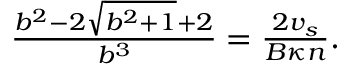
\begin{array} { r } { \frac { b ^ { 2 } - 2 \sqrt { b ^ { 2 } + 1 } + 2 } { b ^ { 3 } } = \frac { 2 v _ { s } } { B \kappa n } . } \end{array}